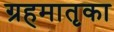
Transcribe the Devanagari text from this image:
ग्रहमातृका